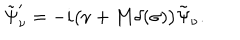
\tilde { \Psi } _ { \nu } ^ { \prime } = - i \bigl ( \nu + { \bf M } \delta ( \sigma ) \bigr ) \tilde { \Psi } _ { \nu } .